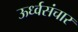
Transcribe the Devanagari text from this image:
ऊर्ध्वसंचार